Plague in India, 1896, 1897 - Volume 1
Year: 1896
Disease focus: Plague
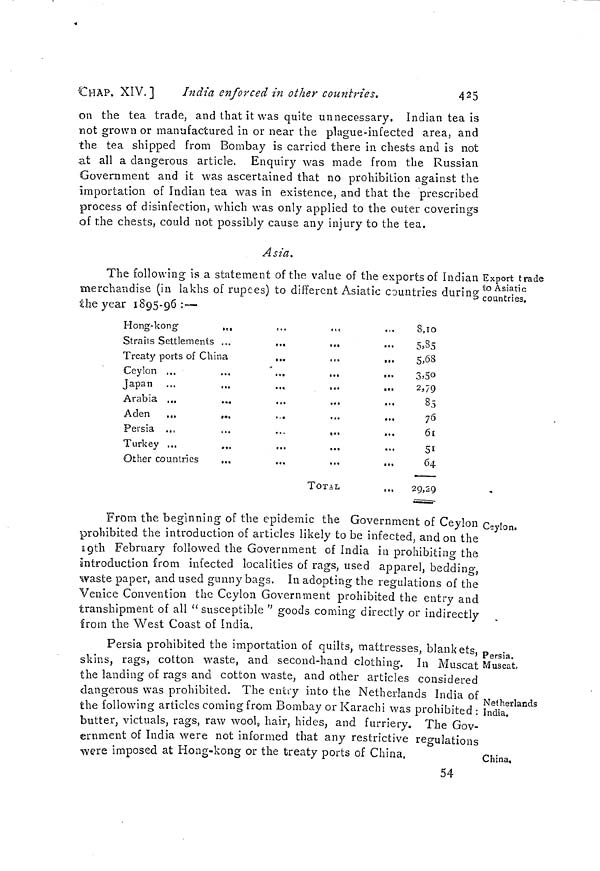
CHÄP. XIV.]
India, enforced in other countries.
425
on the tea trade, and that it was quite unnecessary. Indian tea is
not grown or manufactured in or near the plague-infected area, and
the tea shipped from Bombay is carried there in chests and is not
at all a dangerous article. Enquiry was made from the Russian
Government and it was ascertained that no prohibition against the
Importation of Indian tea was in existence, and that the prescribed
process of disinfection, which was only applied to the outer coverings
of the chests, could not possibly cause any injury to the tea.
Asia,
Export trade
to Asiatic
countries.
The following is a statement of the value of the exports of Indian
merchandise (in lakhs of rupees) to different Asiatic countries during
the year 1895-96 : —
Hong-kong-
, c ,
,..
Strails Settlements ...
„.
Treaty ports of China
...
Ceylon ...
...
ïapan
O 1
•'•
•«»
oo*
0«B
Arabia ...
Aden
...
,.„
Persia ...
Turkey ...
Other countries
...
TOTAL
8,10
5,85
5,68
3.50
2,79
85
76
61
51
64
29,29
Ceylon.
From the beginning of the epidemic the Government of Ceylon
prohibited the introduction of articles likely to be infected, and on the
19th February followed the Government of India in prohibiting the
introduction from infected localities of rags, used apparel, bedding,
waste paper, and used gunny bags. In adopting the regulations of the
Venice Convention the Ceylon Government prohibited the entry and
transhipment of all " susceptible " goods coming directly or indirectly
from the West Coast of India.
Persia.
Muscat,
Persia prohibited the importation of quilts, mattresses, blankets,
skins, rags, cotton waste, and second-hand clothing. In Muscat
the landing of rags and cotton waste, and other articles considered
dangerous was prohibited. The entry into the Netherlands India of
Netherlands
India.
the following articles coming from Bombay or Karachi was prohibited :
butter, victuals, rags, raw wool, hair, hides, and furriery. The Gov-
ernment of India were not informed that any restrictive regulations
China.
•were imposed at Hong-Kong or the treaty ports of China.
54